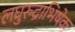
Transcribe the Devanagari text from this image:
लघुरुद्राभिषेक